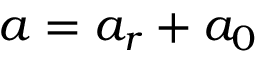
a = a _ { r } + a _ { 0 }